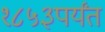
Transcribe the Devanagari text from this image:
१८५३पर्यंत